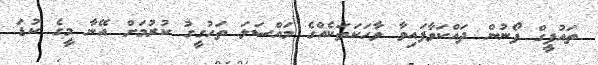
ތައުފީގް ފޯނުން ދައްކަވާފައިވާ ވާހަކަތަކެއްގެ މައްސަލަ ތަހުގީގު ކުރުމަށް އޭނާ މީގެ ކުޑަ